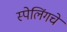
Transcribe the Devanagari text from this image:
स्पेलिंगचे